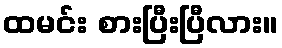
ထမင်း စားပြီးပြီလား။